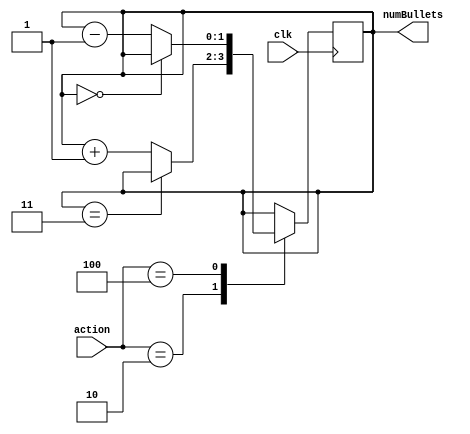
`timescale 1ns / 1ps

module bullets_fsm(
    output [1:0]numBullets,            // number of bullets equals the state
    input clk,                         //duration of round time
    input [2:0]action                  //player's input, 3 bits for each of the three actions
    );
    
   reg [1:0]state = 2'b01;
   
   always @ (posedge clk) begin 
   case(action)
        3'b001: 
        begin
        state <= state;
        end
        
        3'b010: if(state == 2'b11) begin
                state <= state;
                end 
                else begin
                state <= state + 2'b01;
                end

        3'b100: if (state == 0) begin
             state <= state;
             end
             else begin 
             state <= state - 2'b01;
             end

      endcase
   end
   
   assign numBullets = state;

          
endmodule